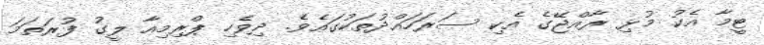
ޓީމާ އެކު މުޅި ރާއްޖޭގެ އެކި ސަރަހައްދުތަކުގައެވެ. ދިވެހި ޕްރިމިއާ ލީގު ފުރަތަމަ